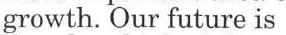
growth. Our future is